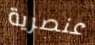
عنصرية